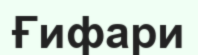
Ғифари